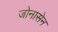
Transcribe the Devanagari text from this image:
जोनासेन